King Institute of Preventive Medicine Micro-Biological Section reports 1912-19
Year: 1912
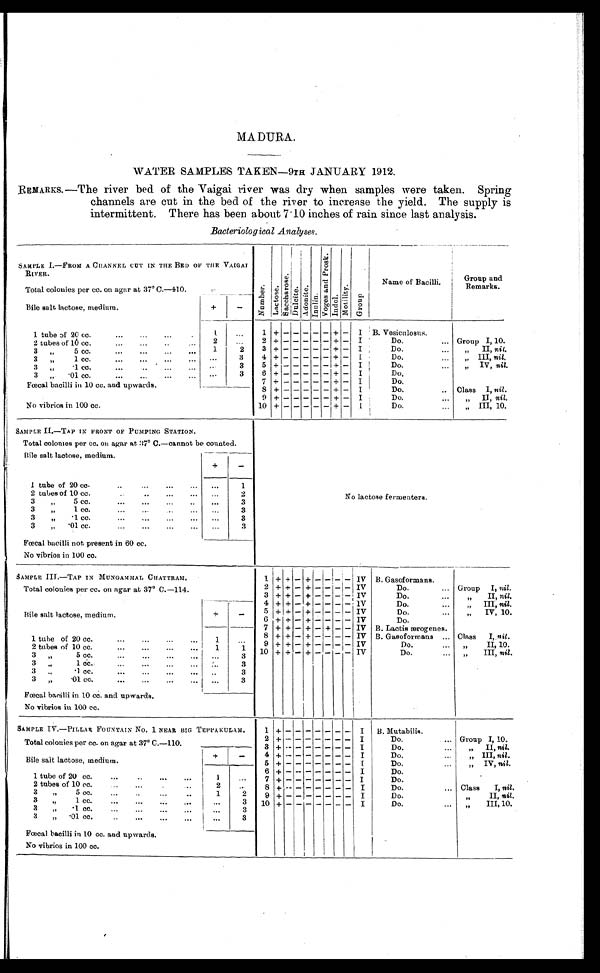
MADURA.
WATER SAMPLES TAKEN ― 9TH JANUARY 1912.
R E M A R K S . — T h e r i v e r b e d o f t h e V a i g a i r i v e r w a s d r y w h e n s a m p l e s w e r e t a k e n . S p r i n g
channels are cut in the bed of the river to increase the yield. The supply is
intermittent. There has been about 7.10 inches of rain since last analysis.
Bacteriological Analyses .
SAMPLE I.― FROM A CHANNEL CUT IN THE BED OF THE VAIGAI
RIVER.
N u m b e r .
L a c t o s e .
S a c c h a r o s e .
D u l c i t e .
A d o n i t e .
I n u l i n .
V o g e s a n d p r o s k .
I n d o l .
M o t i l i t y .
G r o u p .
Name of Bacilli.
Group and
Remarks.
Total colonies per cc. on agar at 37° C.―410.
Bile salt lactose, medium.
+
-
1 tube of 20 cc. . . .
1
. . .
1
+ - - - - - + - I
B . V e s i c u l o s u s .
2
. . . 2 + - - - - - + - I
Do. . . .
Group I, 10.
2 tubes of 10 cc. . . .
3 + - - - - - + - I
Do. . . .
" II, nil.
3 " 5 cc. . . .
1
2
4 + - - - - - + - I
Do. . . .
" III, nil.
3 " 1 cc. . . .
. . .
3
5 + - - - - - + - I
Do. . . .
" I V ,
n i l
.
3 " .1 cc. . . .
. . .
3
6 + - - - - - + - I
Do.
3 " .01 cc. . . .
. . .
3
7 + - - - - - + - I
Do.
Fœcal bacilli in 10 cc. and upwards.
8 + - - - - - + - I
Do. . . .
Class I, nil .
9 + - - - - - + - I
Do. . . .
" I I ,
n i l
.
No vibrios in 100 cc.
10 + - - - - - + - I
Do. . . .
" I I I , 1 0 .
SAMPLE II.― TAP IN FRONT OF PUMPING STATION.
No lactose fermenters.
Total colonies per cc. on agar at 37° C. ― cannot be counted.
Bile salt lactose, medium.
+
-
1 tube of 20 cc. . . .
. . .
1
2 tubes of 10 cc. . . .
. . .
2
3 " 5 cc. . . .
. . .
3
3 " 1 cc. . . .
. . .
3
3 " .1cc. . . .
. . .
3
3 " .01 cc. . . .
. . .
3
Fœcal bacilli not present in 60 cc.
No vibrios in 100 cc.
SAMPLE III. ― TAP IN MUNGAMMAL CHATTRAM.
1 + + - + - - - - IV B. Gasoformans.
Total colonies per cc. on agar at 37° C.― 114.
2 + + - + - - - - IV
Do. . . . Group I, nil.
3 + + - + - - - - IV
D o . . . .
" II, nil.
Bile salt lactose, medium.
+
-
4 + + - + - - - - IV
Do. . . .
" III, nil.
5 + + - + - - - - IV
Do. . . .
" IV, 10.
6 + + - + - - - - IV
Do.
7 + + - + - + - - IV B. Lactis ærogenes.
1 tube of 20 cc. . . .
1
. . .
8 + + - + - - - - IV B. Gasoformans . . . Class I, nil.
9 + + - + - - - - IV
D o . . . .
" I I , 1 0 .
2 tubes of 10 cc. . . .
1
1 10 + + - + - - - - IV
D o . . . .
" I I I ,
n i l
.
3 " 5 cc. . . .
. . .
3
3 " 1 cc. . . .
. . .
3
3 " .1 cc. . . .
. . .
3
3 " .01 cc. . . .
. . .
3
Fœcal bacilli in 10 cc. and upwards.
No vibrios in 100 cc.
SAMPLE IV.― PILLAR FOUNTAIN No. 1 NEAR BIG TEPPAKULAM.
1 + - - - - - - -
I B. Mutabilis.
Total colonies per cc. on agar at 37° C. ― 110.
2 + - - - - - - - I
Do. . . . Group I, 10.
3 + - - - - - - - I
D o . . . .
" I I ,
n i l
.
Bile salt lactose, medium.
+
- 4 + - - - - - - -
I
D o . . . .
" III, nil.
5 + - - - - - - -
I
Do. . . .
" IV, nil.
6 + - - - - - - -
I
Do.
1 tube of 20 cc. . . .
1
. . . 7 + - - - - - - - I
Do.
2 tubes of 10 cc. . . .
2
. . . 8 + - - - - - - -
I
Do. . . . Class I, nil.
3 " 5 cc. . . .
1
2
9 + - - - - - - -
I
D o . . . .
" II, nil.
3 " 1 cc. . . .
. . .
3 10 + - - - - - -
I
D o . . . .
" I I I , 1 0 .
3 " .1 cc. . . .
. . .
3
3 " .01 cc. . . .
. . .
3
Fœcal bacilli in 10 cc. and upwards.
No vibrios in 100 cc.